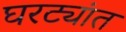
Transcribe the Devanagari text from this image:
घरट्यांत